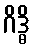
ဂိဒ္ဓိ